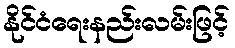
နိုင်ငံရေးနည်းလမ်းဖြင့်